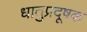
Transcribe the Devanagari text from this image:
धातुप्रदूषक